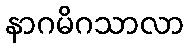
နာဂမိဂသာလာ